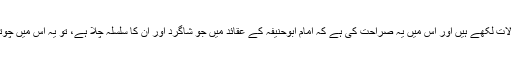
علامہ کمال پاشاؒ نے آپ کے حالات لکھے ہیں اور اس میں یہ صراحت کی ہے کہ امام ابوحنیفہؒ کے عقائد میں جو شاگرد اور ان کا سلسلہ چلا ہے، تو یہ اس میں چوتھے طبقے میں شمار ہوتے ہیں۔